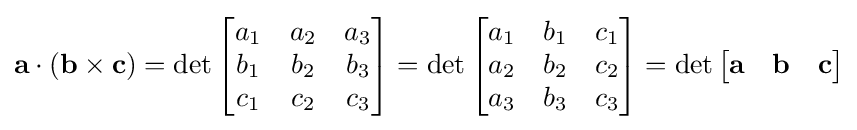
\mathbf {a} \cdot (\mathbf {b} \times \mathbf {c} )=\det {\begin{bmatrix}a_{1}&a_{2}&a_{3}\\b_{1}&b_{2}&b_{3}\\c_{1}&c_{2}&c_{3}\\\end{bmatrix}}=\det {\begin{bmatrix}a_{1}&b_{1}&c_{1}\\a_{2}&b_{2}&c_{2}\\a_{3}&b_{3}&c_{3}\end{bmatrix}}=\det {\begin{bmatrix}\mathbf {a} &\mathbf {b} &\mathbf {c} \end{bmatrix}}